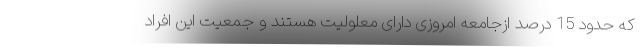
که حدود 15 درصد ازجامعه امروزی دارای معلولیت هستند و جمعیت این افراد